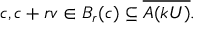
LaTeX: c , c + r v \in B _ { r } ( c ) \subseteq { \overline { { A ( k U ) } } } .